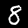
Label: 8